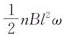
\frac{1}{2}nBl^{2}ω